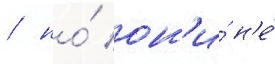
/ но́ он'и́ н'е́